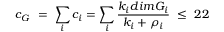
c _ { G } \ = \ \sum _ { i } c _ { i } = \sum _ { i } { \frac { k _ { i } d i m G _ { i } } { k _ { i } + \rho _ { i } } } \ \leq \ 2 2